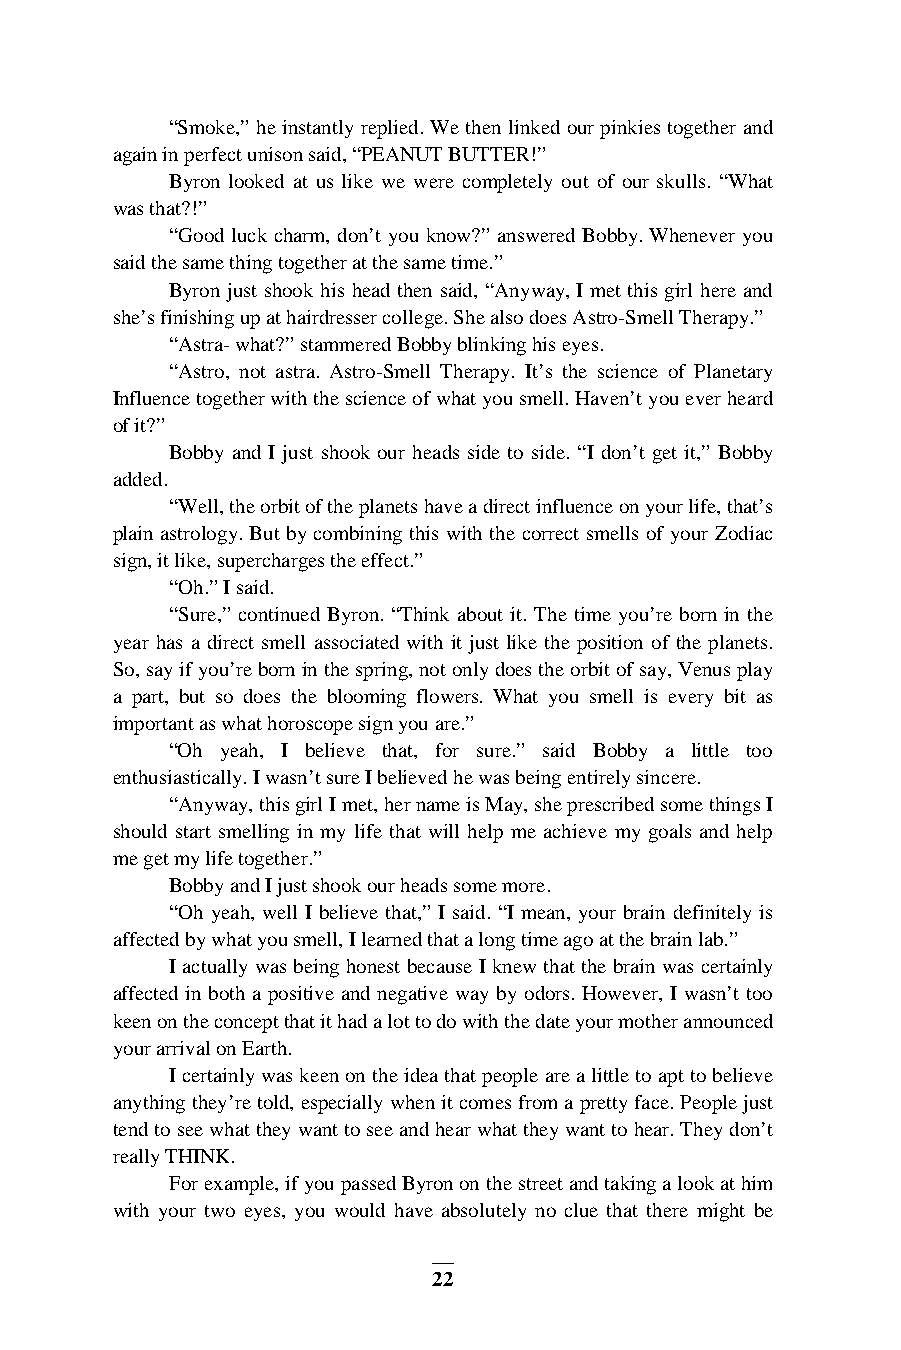
“Smoke,” he instantly replied. We then linked our pinkies together and
 again in perfect unison said, “PEANUT BUTTER!”
 Byron looked at us like we were completely out of our skulls. “What
 was that?!”
 “Good luck charm, don’t you know?” answered Bobby. Whenever you
 said the same thing together at the same time.”
 Byron just shook his head then said, “Anyway, I met this girl here and
 she’s finishing up at hairdresser college. She also does Astro-Smell Therapy.”
 “Astra- what?” stammered Bobby blinking his eyes.
 “Astro, not astra. Astro-Smell Therapy. It’s the science of Planetary
 Influence together with the science of what you smell. Haven’t you ever heard
 of it?”
 Bobby and I just shook our heads side to side. “I don’t get it,” Bobby
 added.
 “Well, the orbit of the planets have a direct influence on your life, that’s
 plain astrology. But by combining this with the correct smells of your Zodiac
 sign, it like, supercharges the effect.”
 “Oh.” I said.
 “Sure,” continued Byron. “Think about it. The time you’re born in the
 year has a direct smell associated with it just like the position of the planets.
 So, say if you’re born in the spring, not only does the orbit of say, Venus play
 a part, but so does the blooming flowers. What you smell is every bit as
 important as what horoscope sign you are.”
 “Oh yeah, I believe that, for sure.” said Bobby a little too
 enthusiastically. I wasn’t sure I believed he was being entirely sincere.
 “Anyway, this girl I met, her name is May, she prescribed some things I
 should start smelling in my life that will help me achieve my goals and help
 me get my life together.”
 Bobby and I just shook our heads some more.
 “Oh yeah, well I believe that,” I said. “I mean, your brain definitely is
 affected by what you smell, I learned that a long time ago at the brain lab.”
 I actually was being honest because I knew that the brain was certainly
 affected in both a positive and negative way by odors. However, I wasn’t too
 keen on the concept that it had a lot to do with the date your mother announced
 your arrival on Earth.
 I certainly was keen on the idea that people are a little to apt to believe
 anything they’re told, especially when it comes from a pretty face. People just
 tend to see what they want to see and hear what they want to hear. They don’t
 really THINK.
 For example, if you passed Byron on the street and taking a look at him
 with your two eyes, you would have absolutely no clue that there might be
 22